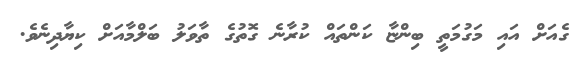
ގެއަށް އައި މަގުމަތީ ބިންޏާ ކަންތައް ކުރާނެ ގޮތުގެ ތާވަލު ބަލްމާއަށް ކިޔާދިނެވެ.